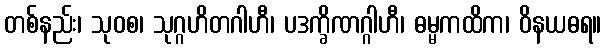
တစ်နည်း၊ သုဝစ၊ သုဂ္ဂဟိတဂါဟီ၊ ပဒက္ခိဏဂ္ဂါဟီ၊ ဓမ္မကထိက၊ ဝိနယဓရ။